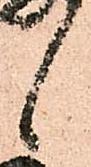
候